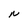
Character: N